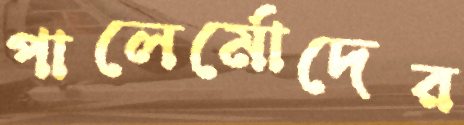
পালের্মোদের